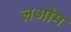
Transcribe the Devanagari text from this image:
लओम